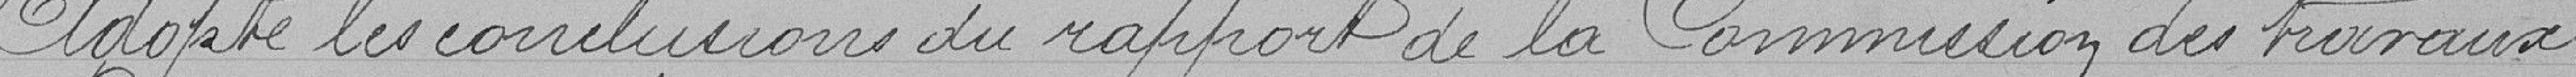
Adopte les conclusions du rapport de la Commission des travaux :